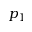
p _ { 1 }